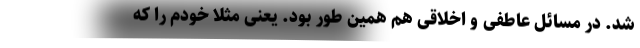
شد. در مسائل عاطفی و اخلاقی هم همین طور بود. یعنی مثلا خودم را که